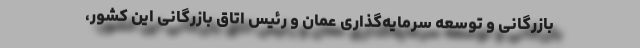
بازرگانی و توسعه سرمایه‌گذاری عمان و رئیس اتاق بازرگانی این کشور،